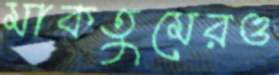
মাকতুমেরও